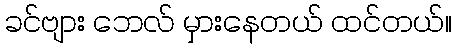
ခင်ဗျား ဘေလ် မှားနေတယ် ထင်တယ်။